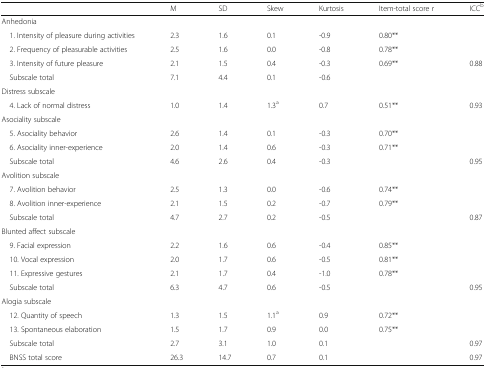
<table><thead><tr><td></td><td><b>M</b></td><td><b>SD</b></td><td><b>Skew</b></td><td><b>Kurtosis</b></td><td><b>Item-total score r</b></td><td><b>ICC<sup>b</sup></b></td></tr></thead><tbody><tr><td colspan="7">Anhedonia</td></tr><tr><td> 1. Intensity of pleasure during activities</td><td>2.3</td><td>1.6</td><td>0.1</td><td>-0.9</td><td>0.80**</td><td></td></tr><tr><td> 2. Frequency of pleasurable activities</td><td>2.5</td><td>1.6</td><td>0.0</td><td>-0.8</td><td>0.78**</td><td></td></tr><tr><td> 3. Intensity of future pleasure</td><td>2.1</td><td>1.5</td><td>0.4</td><td>-0.3</td><td>0.69**</td><td>0.88</td></tr><tr><td> Subscale total</td><td>7.1</td><td>4.4</td><td>0.1</td><td>-0.6</td><td></td><td></td></tr><tr><td colspan="7">Distress subscale</td></tr><tr><td> 4. Lack of normal distress</td><td>1.0</td><td>1.4</td><td>1.3<sup>a</sup></td><td>0.7</td><td>0.51**</td><td>0.93</td></tr><tr><td colspan="7">Asociality subscale</td></tr><tr><td> 5. Asociality behavior</td><td>2.6</td><td>1.4</td><td>0.1</td><td>-0.3</td><td>0.70**</td><td></td></tr><tr><td> 6. Asociality inner-experience</td><td>2.0</td><td>1.4</td><td>0.6</td><td>-0.3</td><td>0.71**</td><td></td></tr><tr><td> Subscale total</td><td>4.6</td><td>2.6</td><td>0.4</td><td>-0.3</td><td></td><td>0.95</td></tr><tr><td colspan="7">Avolition subscale</td></tr><tr><td> 7. Avolition behavior</td><td>2.5</td><td>1.3</td><td>0.0</td><td>-0.6</td><td>0.74**</td><td></td></tr><tr><td> 8. Avolition inner-experience</td><td>2.1</td><td>1.5</td><td>0.2</td><td>-0.7</td><td>0.79**</td><td></td></tr><tr><td> Subscale total</td><td>4.7</td><td>2.7</td><td>0.2</td><td>-0.5</td><td></td><td>0.87</td></tr><tr><td colspan="7">Blunted affect subscale</td></tr><tr><td> 9. Facial expression</td><td>2.2</td><td>1.6</td><td>0.6</td><td>-0.4</td><td>0.85**</td><td></td></tr><tr><td> 10. Vocal expression</td><td>2.0</td><td>1.7</td><td>0.6</td><td>-0.5</td><td>0.81**</td><td></td></tr><tr><td> 11. Expressive gestures</td><td>2.1</td><td>1.7</td><td>0.4</td><td>-1.0</td><td>0.78**</td><td></td></tr><tr><td> Subscale total</td><td>6.3</td><td>4.7</td><td>0.6</td><td>-0.5</td><td></td><td>0.95</td></tr><tr><td colspan="7">Alogia subscale</td></tr><tr><td> 12. Quantity of speech</td><td>1.3</td><td>1.5</td><td>1.1<sup>a</sup></td><td>0.9</td><td>0.72**</td><td></td></tr><tr><td> 13. Spontaneous elaboration</td><td>1.5</td><td>1.7</td><td>0.9</td><td>0.0</td><td>0.75**</td><td></td></tr><tr><td> Subscale total</td><td>2.7</td><td>3.1</td><td>1.0</td><td>0.1</td><td></td><td>0.97</td></tr><tr><td> BNSS total score</td><td>26.3</td><td>14.7</td><td>0.7</td><td>0.1</td><td></td><td>0.97</td></tr></tbody></table>